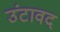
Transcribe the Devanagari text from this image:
उंटावद